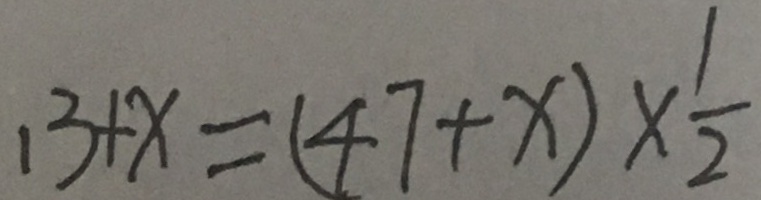
1 3 + x = ( 4 7 + x ) \times \frac { 1 } { 2 }